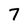
Character: 7